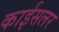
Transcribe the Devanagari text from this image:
काईसलर